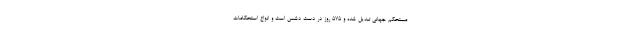
مستحکم جهانی تبدیل شده و ۵۷۵ روز در دست دشمن است و انواع استحکامات